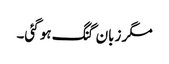
مگر زبان گنگ ہو گئی۔